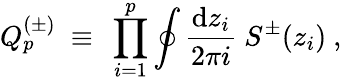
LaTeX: Q_{p}^{(\pm)}{}~\equiv{}~\prod_{i=1}^{p}\oint{\frac{\mathrm{d}z_{i}}{2\pi i}}{}~{S^{\pm}}(z_{i}){}~,